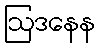
ဩဒနေန